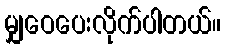
မျှဝေပေးလိုက်ပါတယ်။